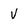
Character: V